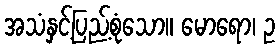
အသံနှင့်ပြည့်စုံသော။ မောရော၊ ဥ